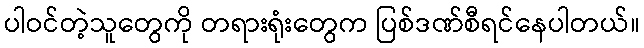
ပါဝင်တဲ့သူတွေကို တရားရုံးတွေက ပြစ်ဒဏ်စီရင်နေပါတယ်။